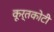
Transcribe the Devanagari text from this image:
कूर्तकोटी